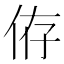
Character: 侟